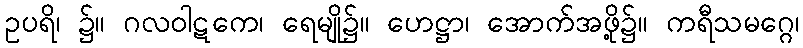
ဥပရိ၊ ၌။ ဂလဝါဋကေ၊ ရေမျို၌။ ဟေဋ္ဌာ၊ အောက်အဖို့၌။ ကရီသမဂ္ဂေ၊